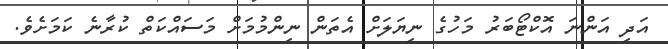
އަދި އަންނަ އޮކްޓޯބަރު މަހުގެ ނިޔަލަށް އެތަން ނިންމުމަށް މަސައްކަތް ކުރާނެ ކަމަށެވެ.